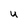
Character: U